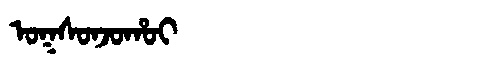
Manchu: ᠣᡴᠰᠣᠨᠵᠣᡥᠣᡳ
Romanization: OKSONJOHOI